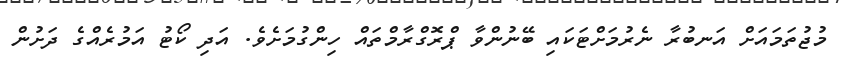
މުޖުތަމައަށް އަނބުރާ ނެރުމަށްޓަކައި ބޭނުންވާ ޕްރޮގްރާމްތައް ހިންގުމަށެވެ. އަދި ކޯޓު އަމުރެއްގެ ދަށުން